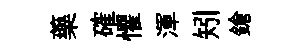
藥確懼渾矧鎗